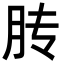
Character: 䏝